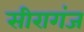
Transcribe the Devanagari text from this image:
सीरागंज